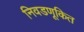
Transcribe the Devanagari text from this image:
निवडणूकित